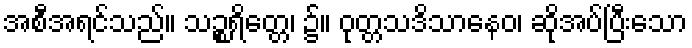
အစီအရင်သည်။ သဉ္စရိတ္တေ၊ ၌။ ဝုတ္တသဒိသာနေဝ၊ ဆိုအပ်ပြီးသော